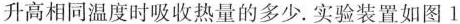
升高相同温度时吸收热量的多少。实验装置如图1